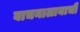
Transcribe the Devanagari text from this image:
वाचनालायाची